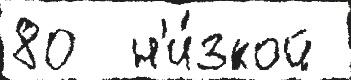
80  н'и́зкой